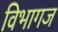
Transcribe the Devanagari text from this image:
विभागज